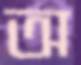
অ